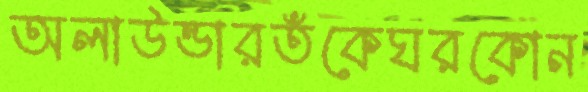
অলাউন্ডারতঁকেঘরকোন